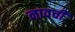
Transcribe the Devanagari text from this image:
नावची